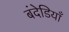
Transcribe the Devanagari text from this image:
बंदेडियाँ